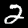
Label: 2